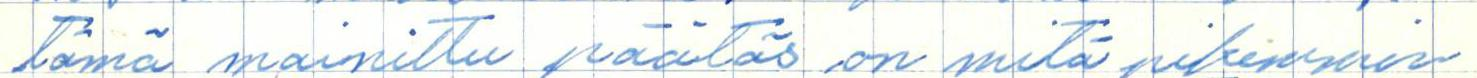
tämä mainittu päätös on mitä pikimmin